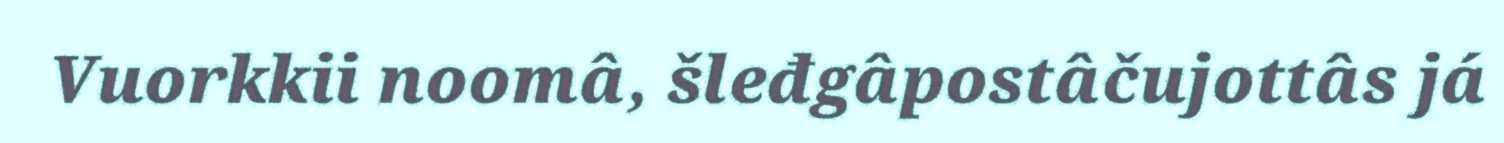
Vuorkkii noomâ, šleđgâpostâčujottâs já